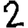
Digit: 2